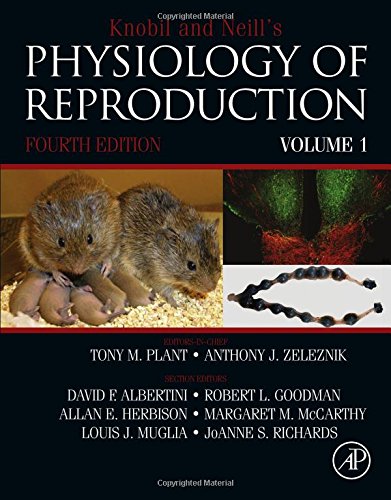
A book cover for Knobil and Neill's Physiology of Reproduction, Fourth Edition: Two-Volume Set; Medical Books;